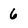
Character: 6